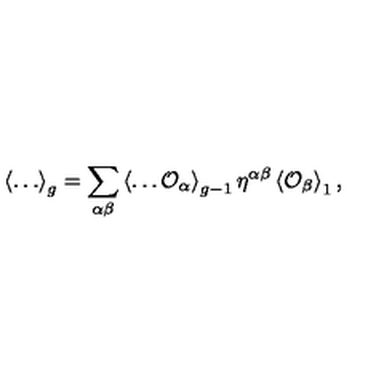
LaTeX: \left\langle \ldots \right\rangle _ { g } = \sum _ { \alpha \beta } \left\langle \ldots { \cal O } _ { \alpha } \right\rangle _ { g - 1 } \eta ^ { \alpha \beta } \left\langle { \cal O } _ { \beta } \right\rangle _ { 1 } ,